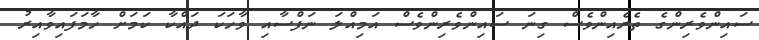
ސައިންވެރިންގެ ތެރެއިންވެސް ގިނަ ސައިންވެރިންވެސް އަމިއްލަ ނަފްސާއި ވާހަކަ ދައްކާ ކަމަށް ހާމަފައިވާއިރު